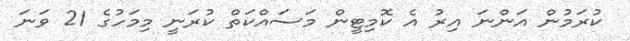
ކުރަމުން އަންނަ އިރު އެ ކޮމިޓީން މަސައްކަތް ކުރަނީ މިމަހުގެ 21 ވަނަ